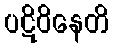
ပဋိဝိနေတိ